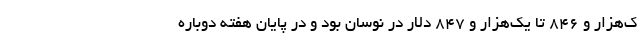
ک‌هزار و ۸۴۶ تا یک‌هزار و ۸۴۷ دلار در نوسان بود و در پایان هفته دوباره